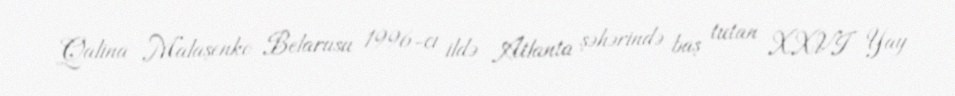
Qalina Malaşenko Belarusu 1996-cı ildə Atlanta şəhərində baş tutan XXVI Yay